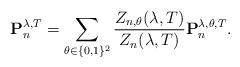
LaTeX: \begin{align*} \mathbf{P}_n^{\lambda,T} = \sum_{ \theta \in \{0,1\}^2 } \frac{Z_{n,\theta}(\lambda,T)}{Z_n(\lambda,T)} \mathbf{P}_n^{\lambda,\theta,T}.\end{align*}